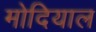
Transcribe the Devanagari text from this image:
मोदियाल